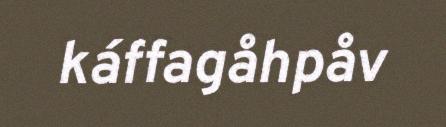
káffagåhpåv